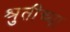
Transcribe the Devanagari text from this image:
श्रुतींच्या